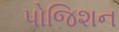
પોજિશન